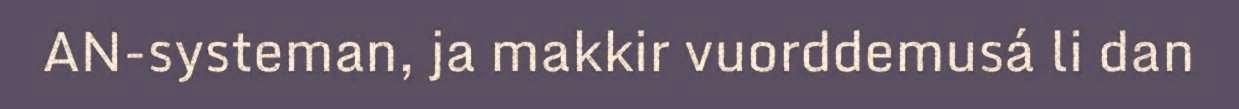
AN-systeman, ja makkir vuorddemusá li dan